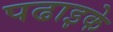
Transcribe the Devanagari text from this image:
पढाइके